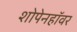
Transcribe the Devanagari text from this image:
शोपेनहॉवर